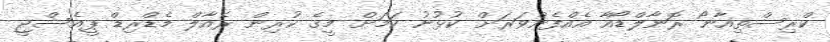
ކްރިސްތިއާނޯ ރޮނާލްޑޯއާ އެއްފެންވަރަށް ކުޅުނު ކަމަށް މީގެ ކުރިން ރެއާލް މެޑްރިޑް ޕީއެސްޖީ